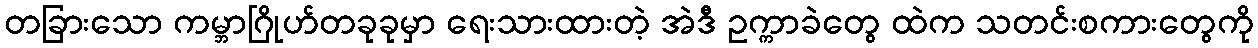
တခြားသော ကမ္ဘာဂြိုဟ်တခုခုမှာ ရေးသားထားတဲ့ အဲဒီ ဥက္ကာခဲတွေ ထဲက သတင်းစကားတွေကို